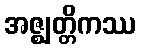
အဇ္ဈတ္တိကဿ